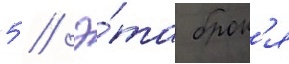
5 // Э́та брон'я